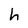
Character: h